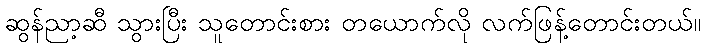
ဆွန်ညာ့ဆီ သွားပြီး သူတောင်းစား တယောက်လို လက်ဖြန့်တောင်းတယ်။